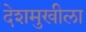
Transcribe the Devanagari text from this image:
देशमुखीला